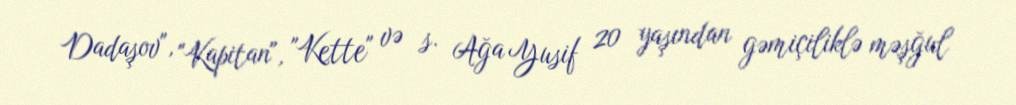
Dadaşov", "Kapitan", "Kette" və s. Ağa Yusif 20 yaşından gəmiçiliklə məşğul